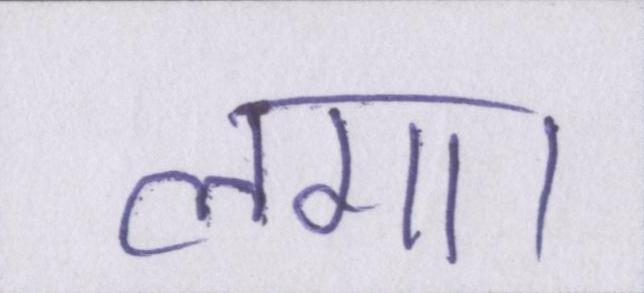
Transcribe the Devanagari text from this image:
लगा।